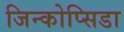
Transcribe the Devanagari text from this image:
जिन्कोप्सिडा